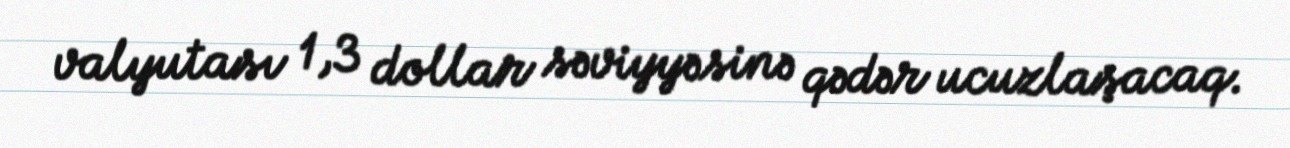
valyutası 1,3 dollar səviyyəsinə qədər ucuzlaşacaq.